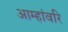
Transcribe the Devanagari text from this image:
आम्हांवरि